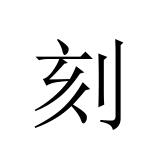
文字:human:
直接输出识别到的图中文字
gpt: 刻